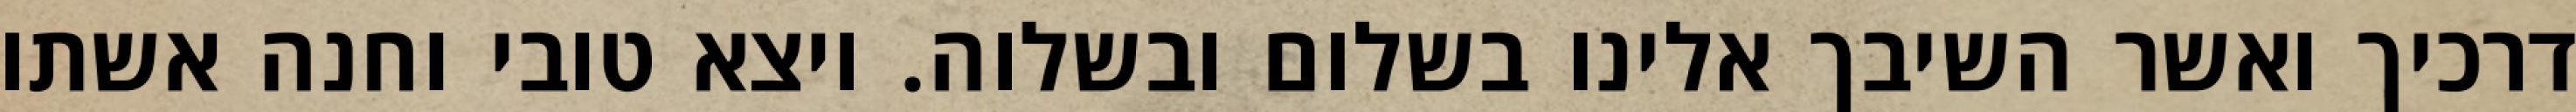
דרכיך ואשר השיבך אלינו בשלום ובשלוה. ויצא טובי וחנה אשתו